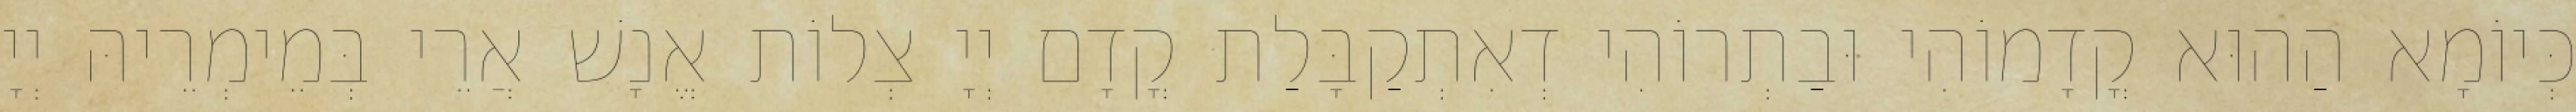
כְּיוֹמָא הַהוּא קֳדָמוֹהִי וּבַתְרוֹהִי דְאִתְקַבָּלַת קֳדָם יְיָ צְלוֹת אֱנָשׁ אֲרֵי בְּמֵימְרֵיהּ יְיָ